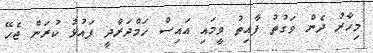
މިހާރު ދެން ވަގުތު ފާއިތު ވީމައި އައިސް ހަމްދަރްދީ ފައުޅު ކުރަން ޖެހޭ